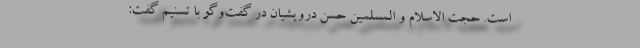
است. حجت الاسلام و المسلمین حسن درویشیان در گفت‌وگو با تسنیم گفت: